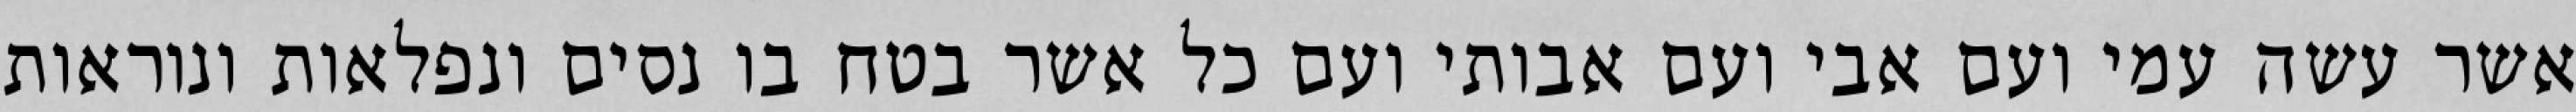
אשר עשה עמי ועם אבי ועם אבותי ועם כל אשר בטח בו נסים ונפלאות ונוראות